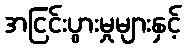
အငြင်းပွားမှုများနှင့်